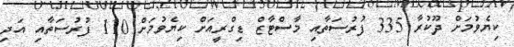
ކިޔެވުމަށް ދޫކުރާ 335 ފުރުސަތާއި މާސްޓާޒް ޑިގްރީއަށް ކިޔެވުމަށް 110 ފުރުސަތާއި އަދި